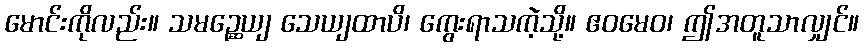
မောင်းကိုလည်း။ သမဉ္ဆေယျ သေယျထာပိ၊ ကွေးရာသကဲ့သို့။ ဧဝမေဝ၊ ဤအတူသာလျှင်။